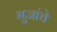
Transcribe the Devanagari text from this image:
भुजांचे